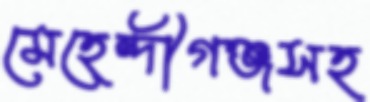
মেহেন্দীগঞ্জসহ